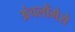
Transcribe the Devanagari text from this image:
अंचलोंमेसे